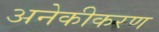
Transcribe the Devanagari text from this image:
अनेकीकरण